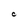
Character: C